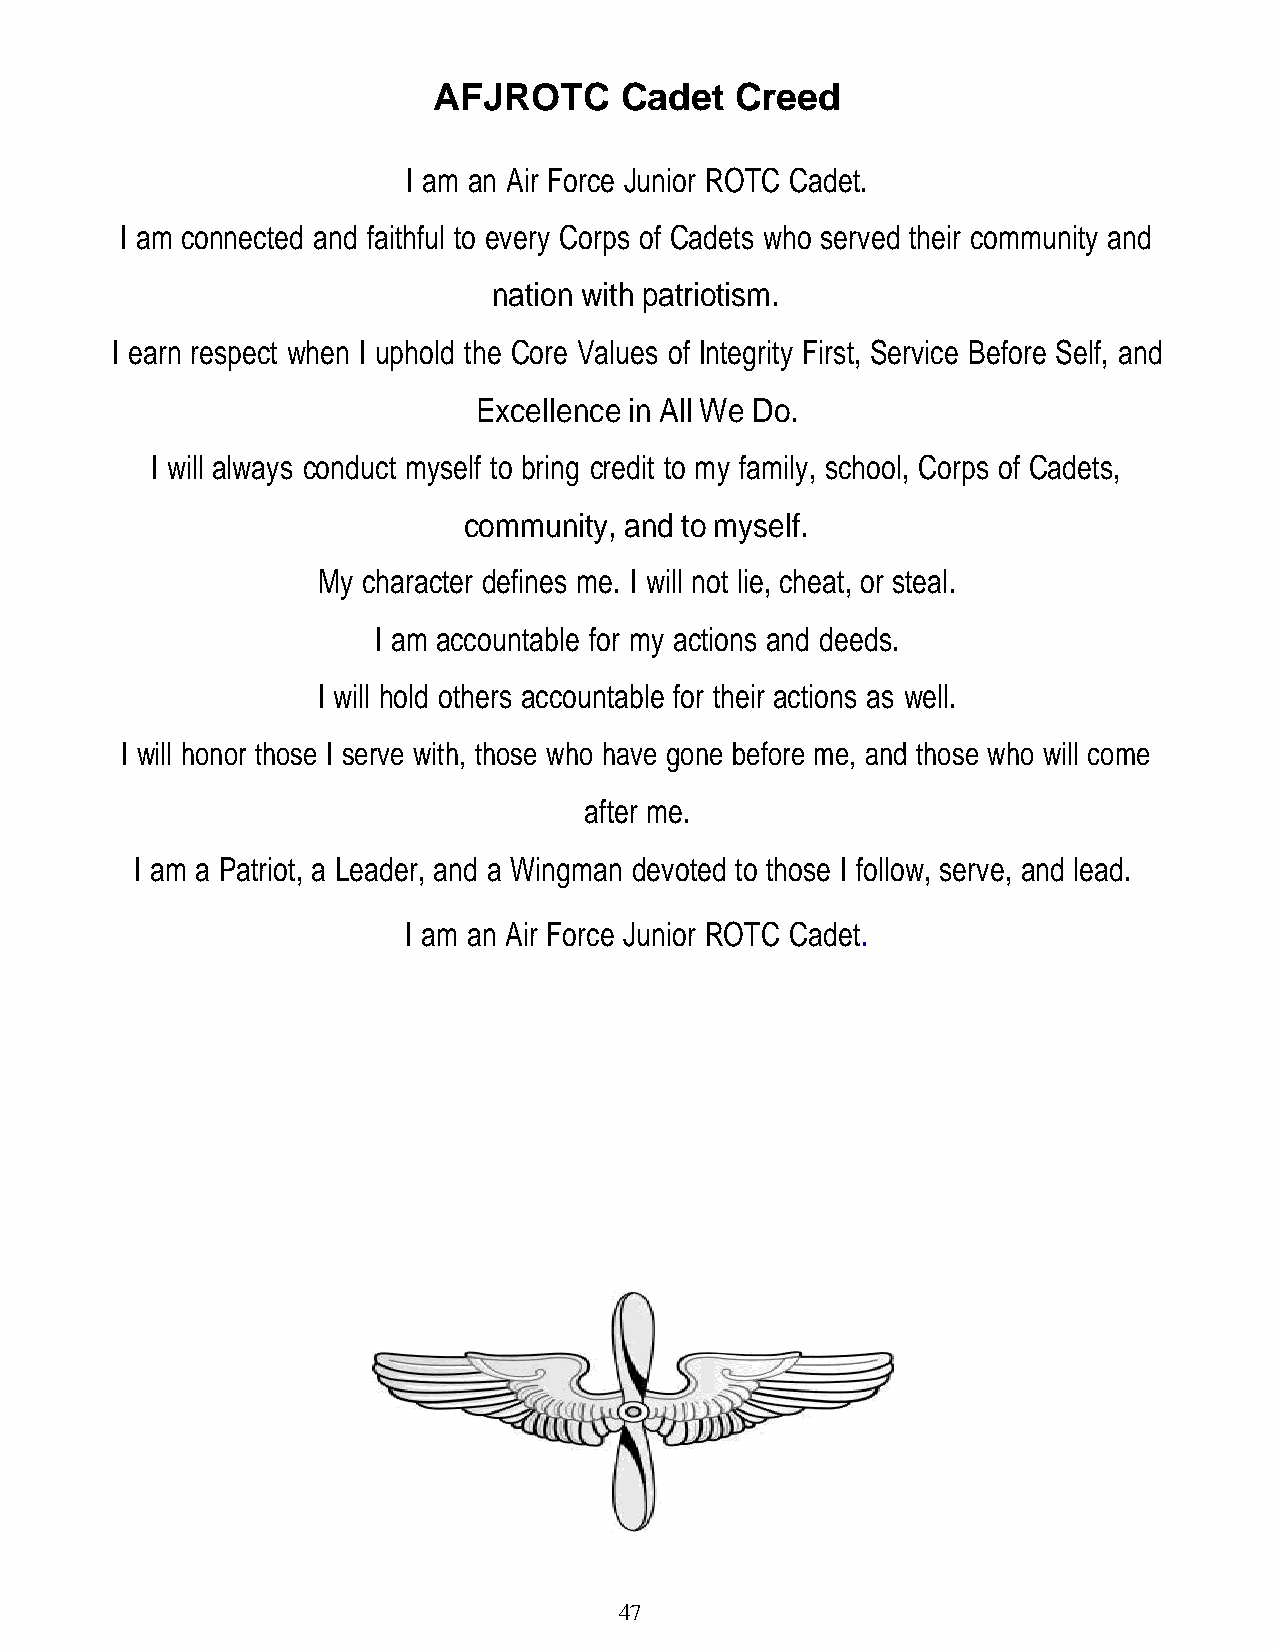
AFJROTC     Cadet   Creed
 I am an Air Force Junior ROTC Cadet.
 I am connected and faithful to every Corps of Cadets who served their community and
 nation with patriotism.
 I earn respect when I uphold the Core Values of Integrity First, Service Before Self, and
 Excellence in All We Do.
 I will always conduct myself to bring credit to my family, school, Corps of Cadets,
 community, and to myself.
 My character defines me. I will not lie, cheat, or steal.
 I am accountable for my actions and deeds.
 I will hold others accountable for their actions as well.
 I will honor those I serve with, those who have gone before me, and those who will come
 after me.
 I am a Patriot, a Leader, and a Wingman devoted to those I follow, serve, and lead.
 .
 I am an Air Force Junior ROTC Cadet
 47